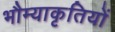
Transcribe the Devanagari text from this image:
भौम्याकृतियों